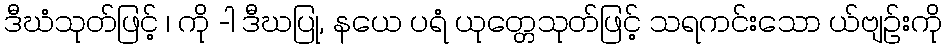
ဒီဃံသုတ်ဖြင့် ၊ ကို -ါ ဒီဃပြု, နယေ ပရံ ယုတ္တေသုတ်ဖြင့် သရကင်းသော ယ်ဗျဉ်းကို